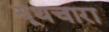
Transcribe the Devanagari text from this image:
यूथचारा